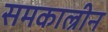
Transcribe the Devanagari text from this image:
समकाल्रीन